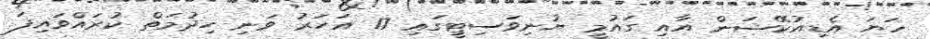
ހަޔަ އެޑިއުކޭޝަން އާއި ގައުމީ ޔުނިވަސިޓީގައި 17 އަހަރު ވަނި ހިދުމަތް ކުރައްވައިފަ